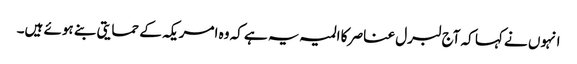
انہوں نے کہا کہ آج لبرل عناصر کا المیہ یہ ہے کہ وہ امریکہ کے حمایتی بنے ہوئے ہیں۔